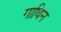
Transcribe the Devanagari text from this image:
गाथिन